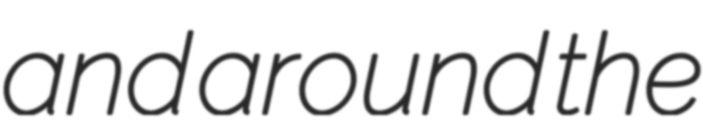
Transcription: and around the